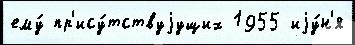
ему́ пр'ису́тствуjущих 1955 иjу́н'я